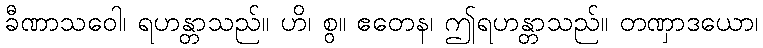
ခီဏာသဝေါ၊ ရဟန္တာသည်။ ဟိ၊ စွ။ ဧတေန၊ ဤရဟန္တာသည်။ တဏှာဒယော၊